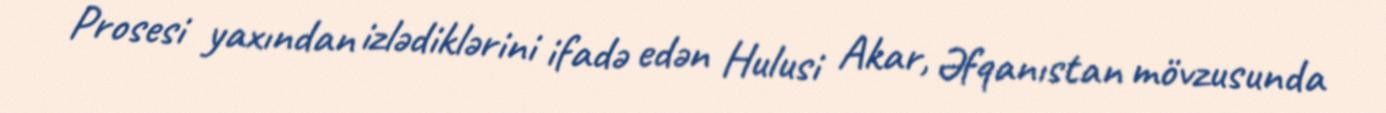
Prosesi yaxından izlədiklərini ifadə edən Hulusi Akar, Əfqanıstan mövzusunda